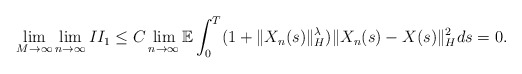
\begin{align*}\lim_{M\rightarrow\infty}\lim_{n\rightarrow\infty} II_1 \leq C \lim_{n\rightarrow\infty}\mathbb{E} \int_0^{T} (1+\Vert X_n(s)\Vert_H^{\lambda}) \Vert X_n(s) - X(s) \Vert_H^2 ds = 0 .\end{align*}